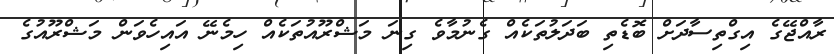
ރާއްޖޭގެ އިގްތިސާދަށް ބޮޑެތި ބަދަލުތަކެއް ގެނުމާވެ ގިނަ މަޝްރޫއުތަކެއް ހިމެނޭ އައިހެވަން މަޝްރޫއުގެ